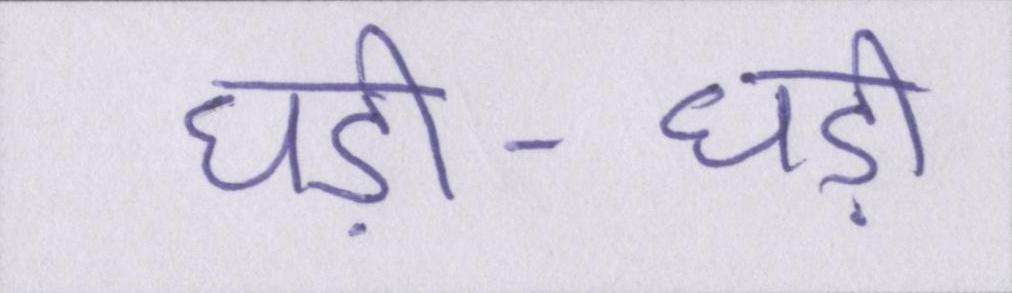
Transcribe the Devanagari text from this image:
घड़ी-घड़ी